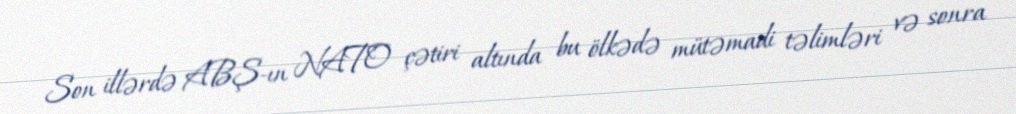
Son illərdə ABŞ-ın NATO çətiri altında bu ölkədə mütəmadi təlimləri və sonra